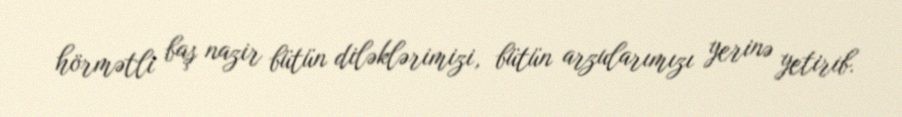
hörmətli baş nazir bütün diləklərimizi, bütün arzularımızı yerinə yetirib.